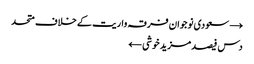
→ سعودی نوجوان فرقہ واریت کے خلاف متحد
دس فیصد مزید خوشی ←